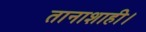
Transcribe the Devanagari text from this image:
तानाशाही।